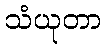
သံယုတာ